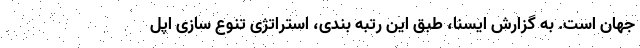
جهان است. به گزارش ایسنا، طبق این رتبه بندی، استراتژی تنوع سازی اپل